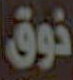
ذوق